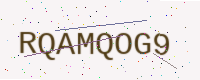
Text: RQAMQOG9